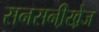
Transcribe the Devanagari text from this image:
सनसनी़खे़ज